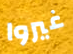
غيروا